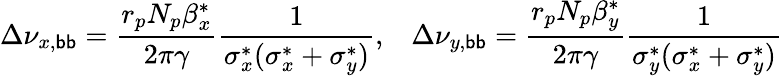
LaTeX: \Delta\nu_{x,\mathsf{b}\mathsf{b}}=\frac{{r_{p}N_{p}\beta_{x}^{*}}}{{2\pi\gamma}}\frac{{1}}{{\sigma_{x}^{*}(\sigma_{x}^{*}+\sigma_{y}^{*})}},\; \; \; \Delta\nu_{y,\mathsf{b}\mathsf{b}}=\frac{{r_{p}N_{p}\beta_{y}^{*}}}{{2\pi\gamma}}\frac{{1}}{{\sigma_{y}^{*}(\sigma_{x}^{*}+\sigma_{y}^{*})}}